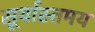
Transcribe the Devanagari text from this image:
सूर्यास्तमय